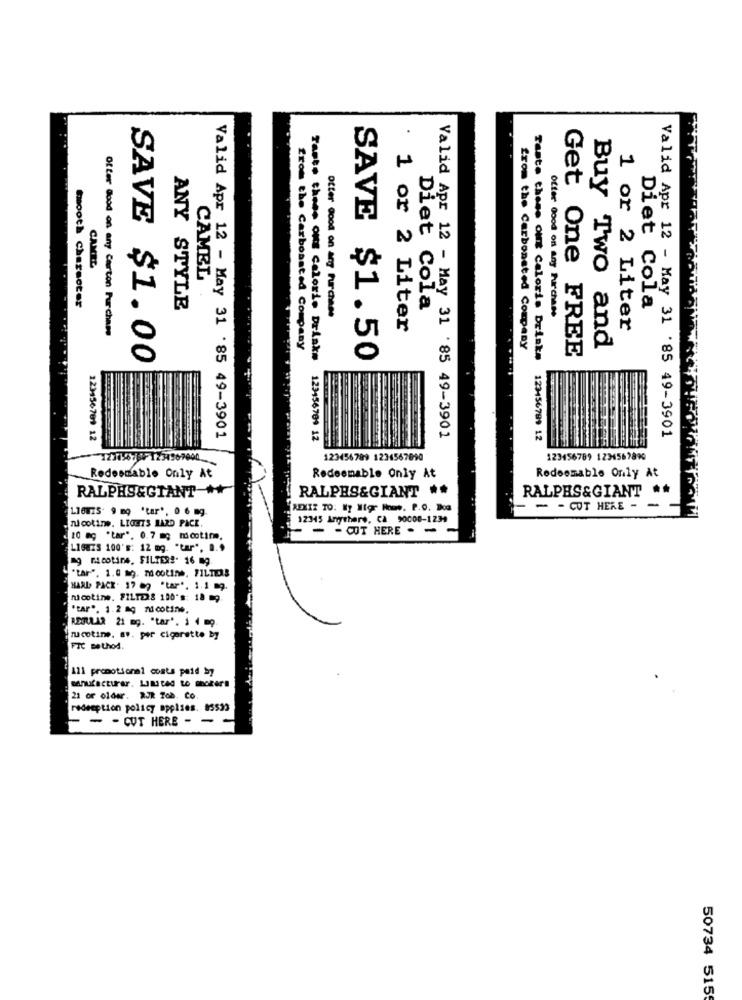
.
CAMEL
CAMEL
Smooth Character
ANY STYLE
Diet Cola
Diet Cola
Otter Good on ang Purchase
Offer Good on any Purchase
Of ter Good on any Carton Purchase
1 or 2 Liter
1 or 2 Liter
from the Carbonated Company
from the Carbonated Company
Buy Two and
SAVE $1.00
Taste these ons Calorie Drinks
SAVE $1.50
Taste these out Calorie Drinks
Get One FREE
Valid Apr 12 - May 31 '85 49-3901
123456709 12
Valid Apr 12 - May 31 '85 49-3901
123456709 12
123456789 12
Valid Apr 12 - May 31 '85 49-3901
123456789 1234567690
123456789 1234567890
Redeemable Only At
Redeemable Only At
Redeemable Only At
RALPHS&GIANT ++
RALPHS&GIANT **
RALPHS&GIANT **
1.16875. 9 mg "tar', 0 6 mg
REXIZ TO. Wy Migr Howe. P.O. Doa
- - CUT HERE - -
nicotine. LIGHTS LARD PACE.
12345 Anythere, CA 90008-1234
- - - CUT HERE - -
10 mg 'tar", 0.7 mg micotim.
LIBU25 100's: 12 mg. "tar". ...
mg nicotina. FILTERS. 16 mg.
""tar", 1.0 mg. md ootins, FILTERS
HARD PACK. 17 89 'tar". 1.1 m9.
nicotine. FILTERS 100's: 18 =9.
"tar". 1.2 mg nicotine.
REGULAR 21 mg. "tar". 1 4 mg.
mucotine. av. per cigarette by
111 promotional costs paid by
manufacturer. Limited to Ihoter!
21 or older. RJR 76b. Co.
redemption policy applies. 85533
- - - CUT HERE - -
50734 5155